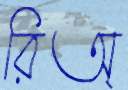
রিঅ্